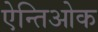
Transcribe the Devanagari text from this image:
ऐन्तिओक